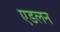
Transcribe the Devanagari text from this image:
एडलन